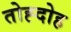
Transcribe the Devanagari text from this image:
तोह्दोह